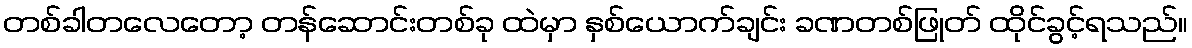
တစ်ခါတလေတော့ တန်ဆောင်းတစ်ခု ထဲမှာ နှစ်ယောက်ချင်း ခဏတစ်ဖြုတ် ထိုင်ခွင့်ရသည်။